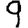
Digit: 9